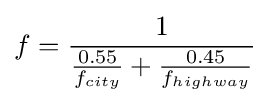
f={\frac {1}{{\frac {0.55}{f_{city}}}+{\frac {0.45}{f_{highway}}}}}